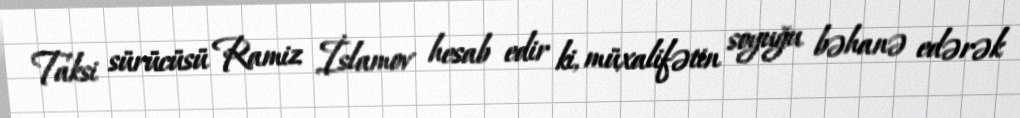
Taksi sürücüsü Ramiz İslamov hesab edir ki, müxalifətin soyuğu bəhanə edərək